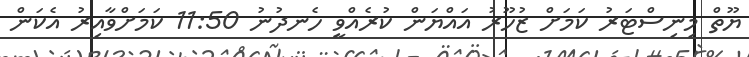
ޔޫތް މިނިސްޓަރު ކަމަށް ޒުހޫރު އައްޔަން ކުރެއްވީ ހެނދުނު 11:50 ކަމަށްވާއިރު އެކަން